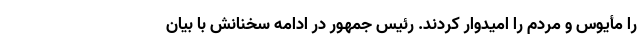
را مأیوس و مردم را امیدوار کردند. رئیس جمهور در ادامه سخنانش با بیان